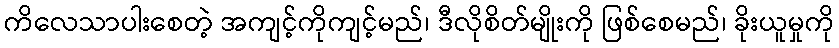
ကိလေသာပါးစေတဲ့ အကျင့်ကိုကျင့်မည်၊ ဒီလိုစိတ်မျိုးကို ဖြစ်စေမည်၊ ခိုးယူမှုကို